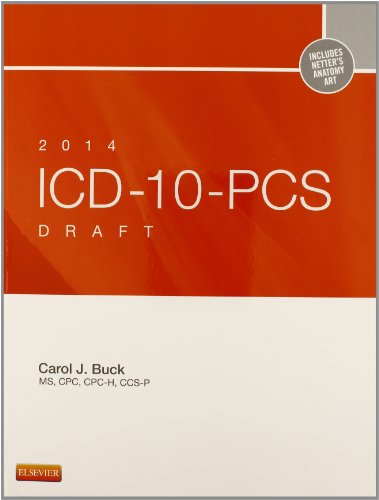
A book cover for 2014 ICD-10-PCS Draft Edition, 1e; Carol J. Buck MS  CPC  CCS-P; Medical Books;